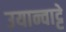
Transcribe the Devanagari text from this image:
उयान्वाट्टे